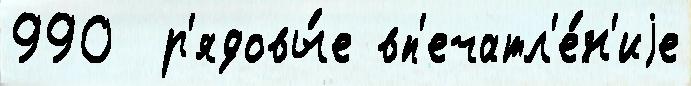
990  р'ядовы́е вп'ечатл'е́н'иjе